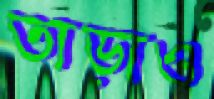
তাড়াও